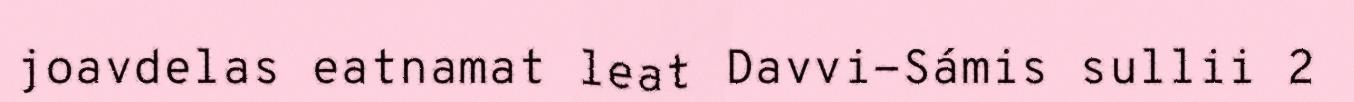
joavdelas eatnamat leat Davvi-Sámis sullii 2